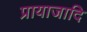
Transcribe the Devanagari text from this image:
प्रायाजादि